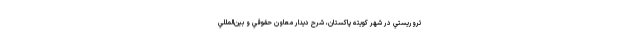
تروريستي در شهر كويته پاكستان، شرح ديدار معاون حقوقي و بين‌المللي